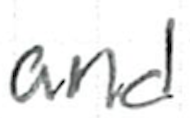
Text: and
Cross-out: clean
Writing tool: ballpoint